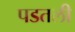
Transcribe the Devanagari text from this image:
पडतली